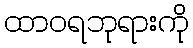
ထာဝရဘုရားကို